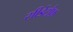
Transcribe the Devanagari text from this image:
सीडेंटौफ़